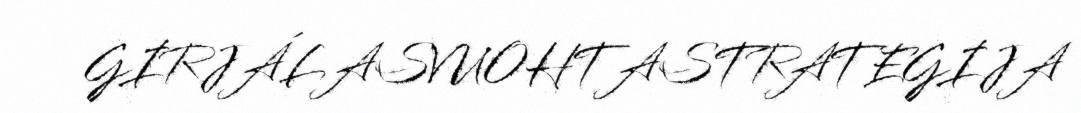
GIRJÁLASVUOHTASTRATEGIJA